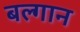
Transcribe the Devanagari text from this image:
बल्गान